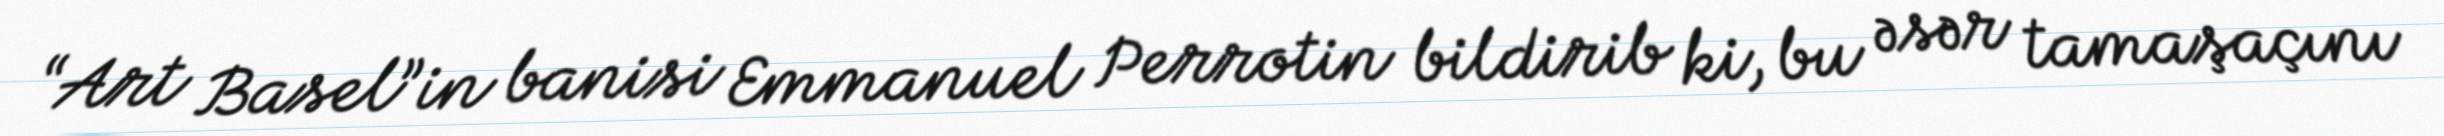
“Art Basel”in banisi Emmanuel Perrotin bildirib ki, bu əsər tamaşaçını